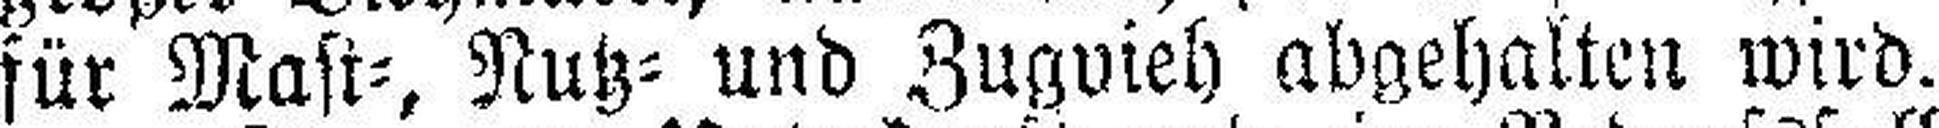
für Mast=, Nutz= und Zugvieh abgehalten wird.